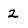
Character: 2